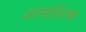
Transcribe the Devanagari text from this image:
शत्वर्शिक